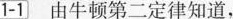
1-1 由牛顿第二定律知道，